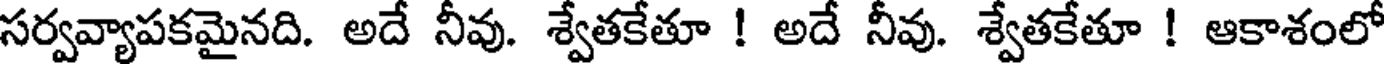
సర్వవ్యాపకమైనది. అదే నీవు. శ్వేతకేతూ ! అదే నీవు. శ్వేతకేతూ ! ఆకాశంలో